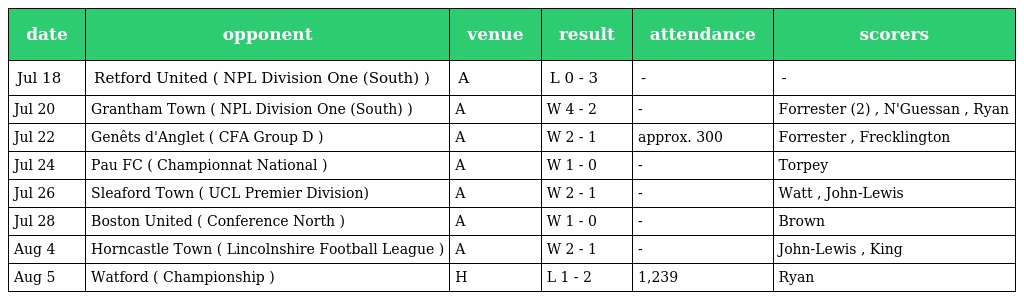
| date | opponent | venue | result | attendance | scorers |
 | --- | --- | --- | --- | --- | --- |
 | Jul 18 | Retford United ( NPL Division One (South) ) | A | L 0 - 3 | - | - |
 | Jul 20 | Grantham Town ( NPL Division One (South) ) | A | W 4 - 2 | - | Forrester (2) , N'Guessan , Ryan |
 | Jul 22 | Genêts d'Anglet ( CFA Group D ) | A | W 2 - 1 | approx. 300 | Forrester , Frecklington |
 | Jul 24 | Pau FC ( Championnat National ) | A | W 1 - 0 | - | Torpey |
 | Jul 26 | Sleaford Town ( UCL Premier Division) | A | W 2 - 1 | - | Watt , John-Lewis |
 | Jul 28 | Boston United ( Conference North ) | A | W 1 - 0 | - | Brown |
 | Aug 4 | Horncastle Town ( Lincolnshire Football League ) | A | W 2 - 1 | - | John-Lewis , King |
 | Aug 5 | Watford ( Championship ) | H | L 1 - 2 | 1,239 | Ryan |